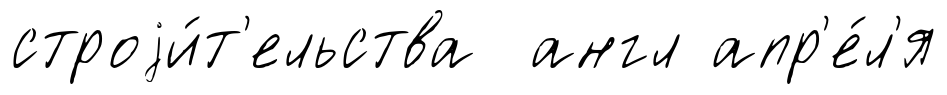
строjи́т'ельства англ апр'е́л'я